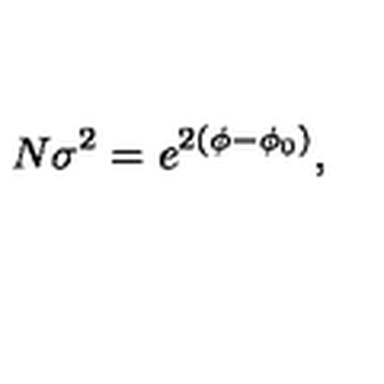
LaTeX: N \sigma ^ { 2 } = e ^ { 2 ( \phi - \phi _ { 0 } ) } ,